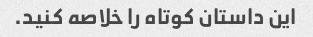
این داستان کوتاه را خلاصه کنید.